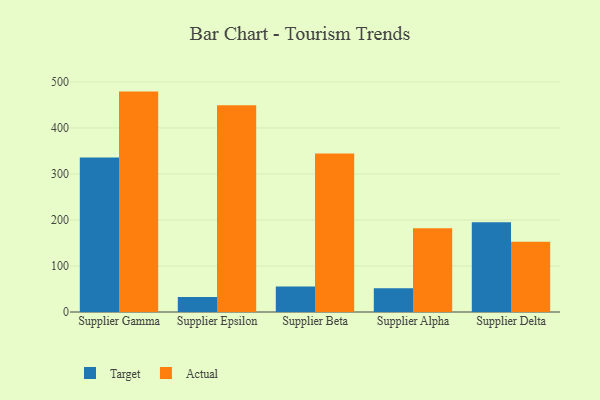
{"axis": {"x": "Supplier", "y": "Market Share (%)"}, "legend": ["Actual", "Target"], "data": [{"x": "Supplier Gamma", "y": 335.9, "type": "Target"}, {"x": "Supplier Gamma", "y": 478.9, "type": "Actual"}, {"x": "Supplier Epsilon", "y": 32.7, "type": "Target"}, {"x": "Supplier Epsilon", "y": 449.5, "type": "Actual"}, {"x": "Supplier Beta", "y": 55.6, "type": "Target"}, {"x": "Supplier Beta", "y": 344.4, "type": "Actual"}, {"x": "Supplier Alpha", "y": 51.7, "type": "Target"}, {"x": "Supplier Alpha", "y": 182.1, "type": "Actual"}, {"x": "Supplier Delta", "y": 194.8, "type": "Target"}, {"x": "Supplier Delta", "y": 152.7, "type": "Actual"}]}